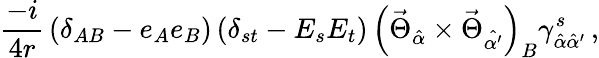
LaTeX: \frac{-i}{4r}\, (\delta_{AB}-e_{A}e_{B})\, (\delta_{st}-E_{s}E_{t})\, \left(\vec{\Theta}_{\hat{\alpha}}\times\vec{\Theta}_{\hat{\alpha^{\prime}}}\right)_{B}\gamma_{\hat{\alpha}\hat{\alpha}^{\prime}}^{s}\, ,